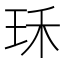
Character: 𤤤